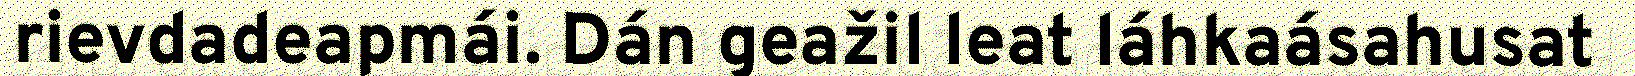
rievdadeapmái. Dán geažil leat láhkaásahusat